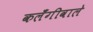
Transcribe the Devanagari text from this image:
कलँगीवाले